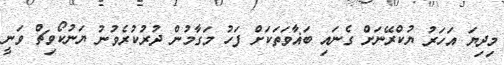
މިދިޔަ އަހަރު ޔުކްރޭނަށް ގެނައި ބަޣާވަތަކަށް ފަހު މަގާމުން ދުރުކުރެވުނު ޔަނުކޯވިޗް ވަނީ